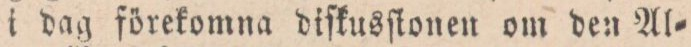
i dag förekomna diſkusſtonen om den Al=